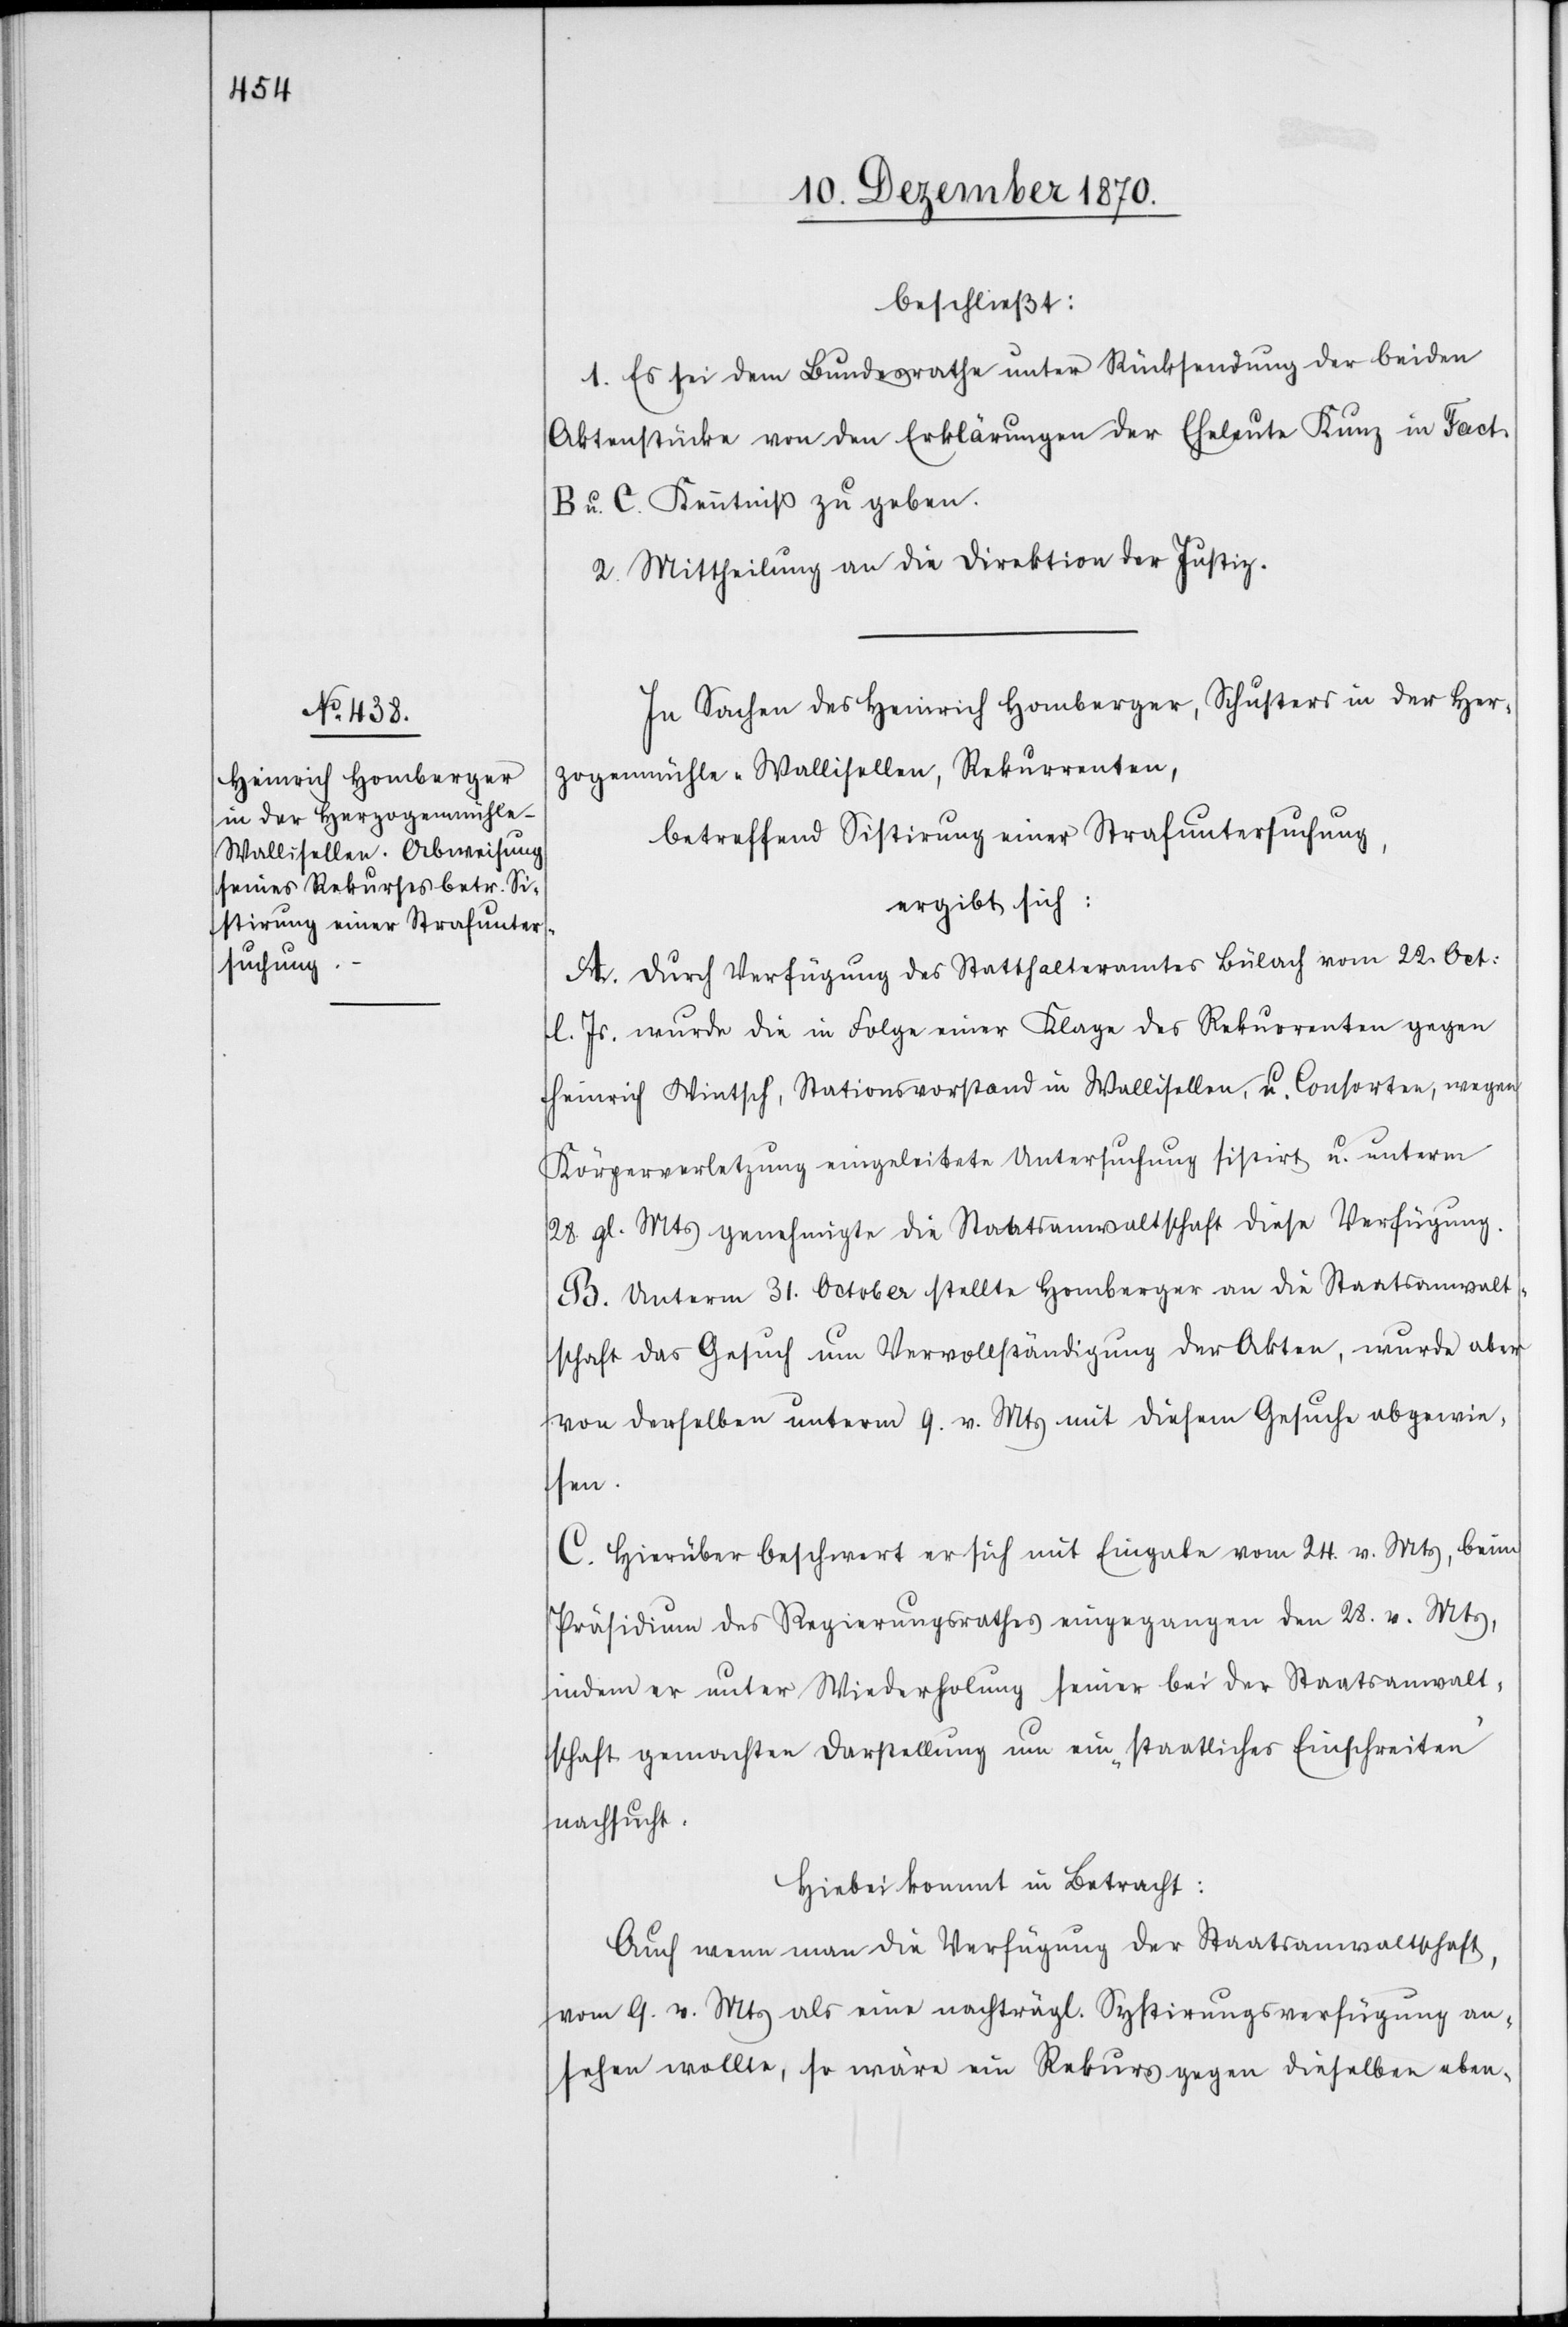
beschließt:
1. Es sei dem Bundesrathe unter Rücksendung der beiden
Aktenstücke von den Erklärungen der Eheleute Kunz in Fact.
B u. C. Kenntniß zu geben.
2. Mittheilung an die Direktion der Justiz.
In Sachen des Heinrich Homberger, Schuster in der Her¬
zogenmühle - Wallisellen, Rekurrenten,
betreffend Sistirung einer Strafuntersuchung,
ergibt sich:
A. Durch Verfügung des Statthalteramtes Bülach vom 22. Oct:
l. Js. wurde die in Folge einer Klage des Rekurrenten gegen
Heinrich Wintsch, Stationsvorstand in Wallisellen, u. Consorten, wegen
Körperverletzung eingeleitete Untersuchung sistirt u. unterm
28. gl. Mts genehmigte die Staatsanwaltschaft diese Verfügung.
B. Unterm 31. October stellte Homberger an die Staatsanwalt¬
schaft das Gesuch um Vervollständigung der Akten, wurde aber
von derselben unterm 9. v. Mts mit diesem Gesuche abgewie¬
sen.
C. Hierüber beschwert er sich mit Eingabe vom 24. v. Mts, beim
Präsidium des Regierungsrath eingegangen den 28. v. Mts,
indem er unter Wiederholung seiner bei der Staatsanwalt¬
schaft gemachten Darstellung um ein „staatliches Einschreiten“
nachsucht.
Hiebei kommt in Betracht:
Auch wenn man die Verfügung der Staatsanwaltschaft,
vom 9. v. Mts als eine nachträgl. Systirungsverfügung an¬
sehen wolle, so wäre ein Rekurs gegen dieselbe eben-